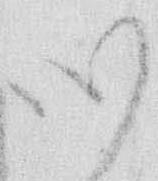
心